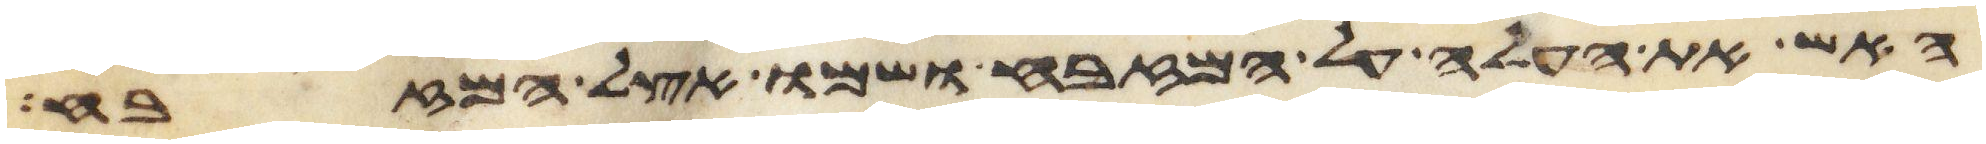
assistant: האש את העלה על המזבח ושמו אצל המזבח